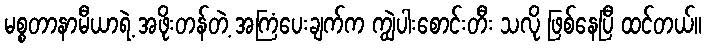
မစ္စတာနာမီယာရဲ့ အဖိုးတန်တဲ့ အကြံပေးချက်က ကျွဲပါးစောင်းတီး သလို ဖြစ်နေပြီ ထင်တယ်။